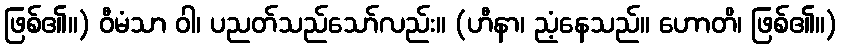
ဖြစ်၏။) ဝီမံသာ ဝါ၊ ပညတ်သည်သော်လည်း။ (ဟီနာ၊ ညံ့နေသည်။ ဟောတိ၊ ဖြစ်၏။)